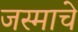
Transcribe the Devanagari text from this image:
जस्माचे